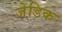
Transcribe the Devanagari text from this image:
जेडिक